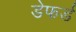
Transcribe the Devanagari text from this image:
डेफर्ड